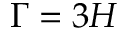
\Gamma = 3 H